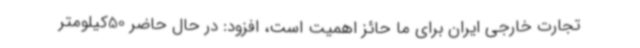
تجارت خارجی ایران برای ما حائز اهمیت است، افزود: در حال حاضر 50کیلومتر